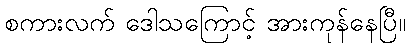
စကားလက် ဒေါသကြောင့် အားကုန်နေပြီ။